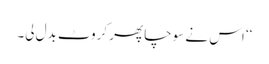
‘‘ اس نے سوچا پھر کروٹ بدل لی۔